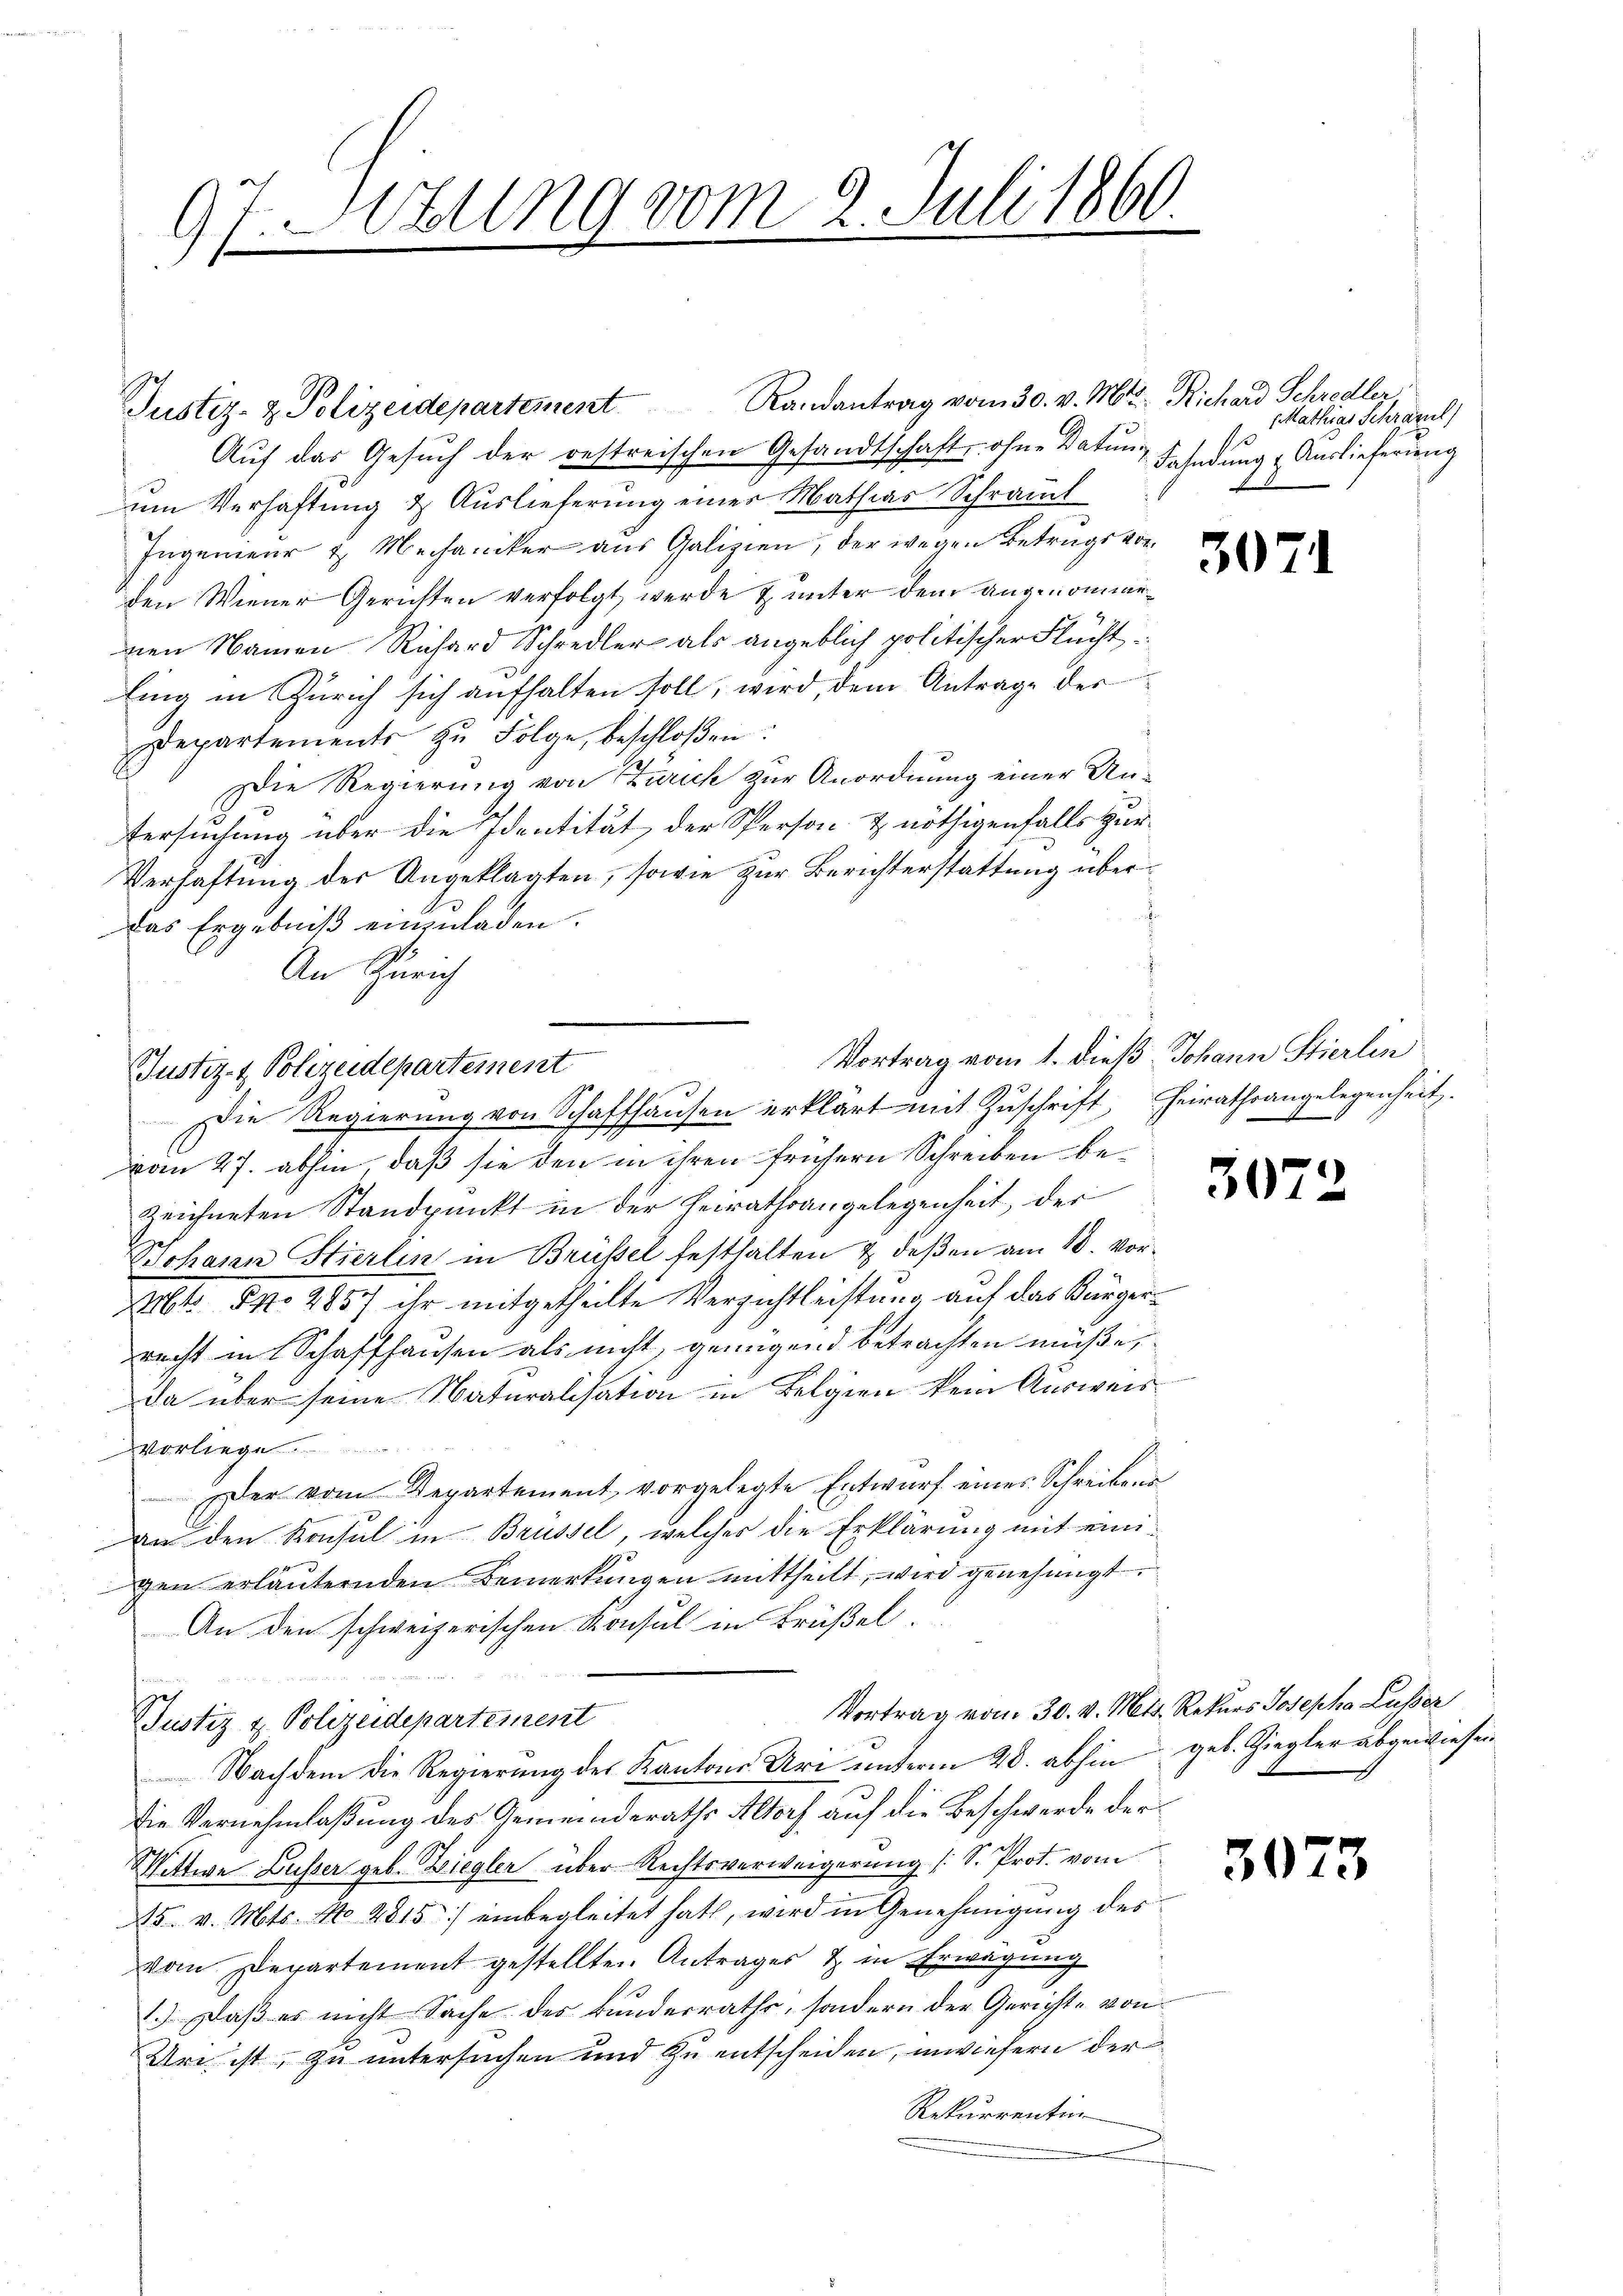
ttung vom 2. Juli 1860
1
2
9

Justiz- & Polizeidepartement Randantrag vom 30. v. Mts. Richard Schredler
Auf das Gesuch der oestreischen Gesandtschaft, ohne Datunum Verhaftung & Auslieferung eines Mathias Schraml
Ingenieur & Mechaniker aus Galizien, der wegen Betrags vorden Wiener Gerichten verfolgt werde & unter dem angenommenen Namen Richard Schredler als angeblich politischer Flucht
ling in Zürich sich aufhalten soll, wird, dem Antrage des
Departements zu Folge, beschloßen:
Die Regierung von Zürich zur Anordnung einer Untersuchung über die Identität, der Person & nöthigenfalls zur
Verhaftung der Angeklagten, sowie zur Berichterstattung über¬
Das Ergebniß einzuladen.
An Zürich
Vortrag vom 1. dieß Johann Stierlin
vom 27. abhin, daß sie den in ihren frühern Schreiben bezeichneten Standpunkt in der Heirathsangelegenheit, der
Johann Stierlin in Brüssel festhalten & deßen am 18. Vor¬
Mts. S. 2857 ihr mitgetheilte Verzichtleistung auf das Bürgerrecht in Schaffhausen als nicht, genügend betrachten müße,
Da über seine Naturalisation in Belgien kein Ausweis
vorliege
Der vom Departement, vorgelegte Entwurf eines Schreibens
an den Konsul in Brüssel, welcher die Erklärung mit einigen erläuternden Bemerkungen mittheilt, wird genehmigt.
An den schweizerischen Konsul in Brüßel,
Vortrag vom 30. v. Mts. Rekurs Josepha Lusser
Justiz & Polizeidepartement
Nachdem die Regierung des Kantons Uri unterm 20. abhin geb. Ziegler abgewiesen
Die Vernehmlaßung des Gemeinderaths Altorf auf die Beschwerde der
Wittwe Busser geb. Ziegler über Rechtsverweigerung (: S. Prot. vom
25. v. Mts. No. 2815) einbegleitet hat, wird in Genehmigung des
vom Departement gestellten Antrages & in Erwägung
1.) Daß es nicht Sache des Bunderraths, sondern der Gerichte von
Ure ist, zu untersuchen und zu entscheiden, inwiefern der
Rekurrentin

Justiz- & Polizeidepartement
Die Regierung von Schaffhausen erklärt mit Zŭschrift, heirathsangelegenheit.

Mathias Schrazul)
Fahndung & Auslieferung

.

307.

30

.

3073